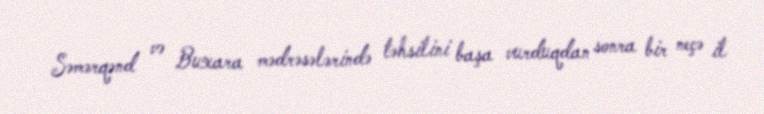
Səmərqənd və Buxara mədrəsələrində təhsilini başa vurduqdan sonra bir neçə il